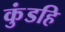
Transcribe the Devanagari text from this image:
कुंडहि